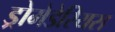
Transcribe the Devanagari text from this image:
ड्रोमेडेरियस